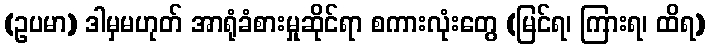
(ဥပမာ) ဒါမှမဟုတ် အာရုံခံစားမှုဆိုင်ရာ စကားလုံးတွေ (မြင်ရ၊ ကြားရ၊ ထိရ)